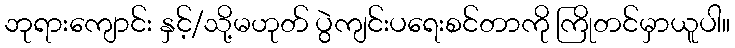
ဘုရားကျောင်း နှင့်/သို့မဟုတ် ပွဲကျင်းပရေးစင်တာကို ကြိုတင်မှာယူပါ။